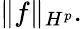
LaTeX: \| f\| _{H^{p}}.